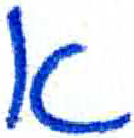
אות: א